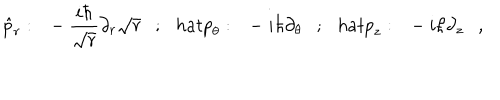
\hat { p } _ { r } : \ \ - \frac { i \hbar } { \sqrt { r } } \partial _ { r } \sqrt { r } \ \ \ ; \ \ \, h a t { p } _ { \theta } : \ \ - i \hbar \partial _ { \theta } \ \ \ ; \ \ \, h a t { p } _ { z } : \ \ - i \hbar \partial _ { z } \ \ \ ,